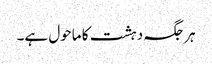
ہرجگہ دہشت کا ماحول ہے۔